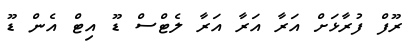
ރޫފް ފުރާޅަށް އަރާ އަރާ އަރާ ލެޓްސް ޑޫ އިޓް އެން ޑޫ